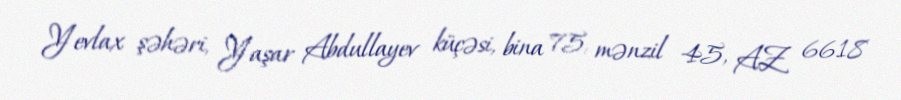
Yevlax şəhəri, Yaşar Abdullayev küçəsi, bina 75, mənzil 45, AZ 6618